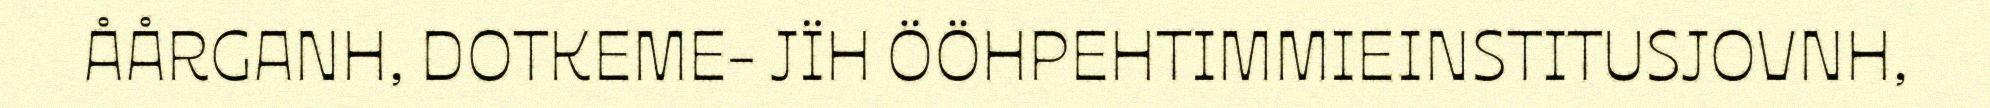
ÅÅRGANH, DOTKEME- JÏH ÖÖHPEHTIMMIEINSTITUSJOVNH,